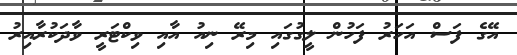
އޭގެ ފަސް އަހަރު ފަހުން ލީގުގައި މިރޭ ނިއު އާއި ވިކްޓަރީ ވާދަކުރާއިރު